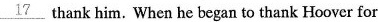
\underline{17} thank him. When he began to thank Hoover for